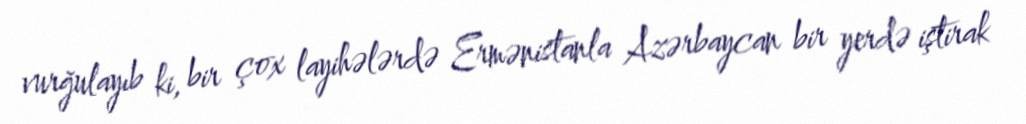
vurğulayıb ki, bir çox layihələrdə Ermənistanla Azərbaycan bir yerdə iştirak